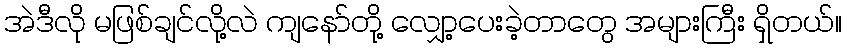
အဲဒီလို မဖြစ်ချင်လို့လဲ ကျနော်တို့ လျှော့ပေးခဲ့တာတွေ အများကြီး ရှိတယ်။